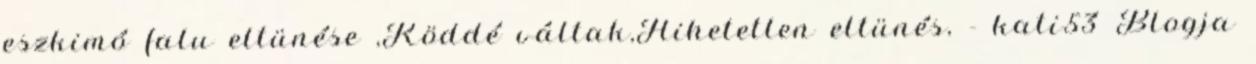
eszkimó falu eltünése ,Köddé váltak,Hihetetlen eltünés, - kati53 Blogja